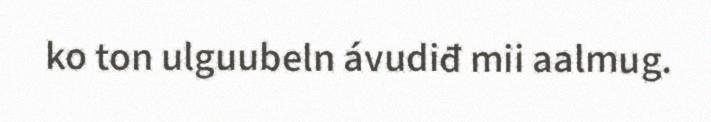
ko ton ulguubeln ávudiđ mii aalmug.